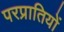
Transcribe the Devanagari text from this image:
परप्रातियों